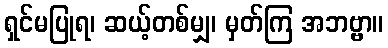
ရှင်မပြုရ၊ ဆယ့်တစ်မျှ၊ မှတ်ကြ အဘဗ္ဗာ။